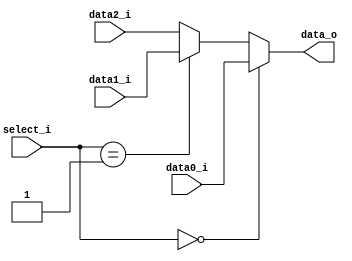
//0516305 Bing Xun Song
`timescale 1ns / 1ps

module MUX_3to1(
	data0_i,
	data1_i,
	data2_i,
	select_i,
	data_o
);

parameter size = 0;	

input [size-1:0] data0_i,data1_i,data2_i;

input [1:0] select_i;

output reg [size-1:0] data_o;

always @(*) begin
	if(select_i == 0)
		data_o = data0_i;
	else if(select_i == 1)
		data_o = data1_i;
	else
		data_o = data2_i;
end

endmodule